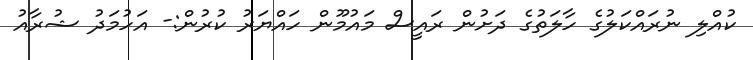
ކުއްލި ނުރައްކަލުގެ ހާލަތުގެ ދަށުން ރައީސް މައުމޫން ހައްޔަރު ކުރުން:- އަހުމަދު ޝުރާއު